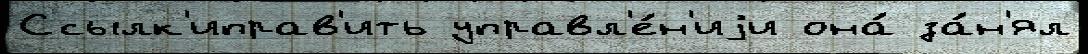
Ссылк'иправ'ить управл'е́н'иjи она́ за́н'ял